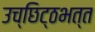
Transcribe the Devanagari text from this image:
उच्छिट्ठभत्त